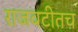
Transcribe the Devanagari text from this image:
राजवटीतच